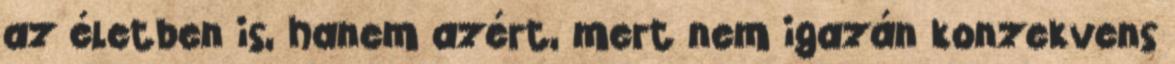
az életben is, hanem azért, mert nem igazán konzekvens